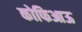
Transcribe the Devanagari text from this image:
कोफिआऊ